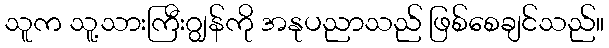
သူက သူ့သားကြီးဂျွန်ကို အနုပညာသည် ဖြစ်စေချင်သည်။